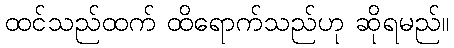
ထင်သည်ထက် ထိရောက်သည်ဟု ဆိုရမည်။